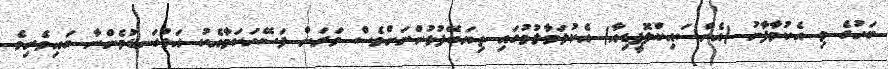
ބަހުގެ މި އެކުމާފާނު (އެންސައިކްލޮޕީޑިއާ) އެކުލަވާލުމުގައި ތިޔަބޭފުޅުންނަށްވެސް ވަރަށް ފަސޭހަކަމާއެކު އަޅުގަނޑުމެންނާ ބައިވެރިވެ